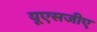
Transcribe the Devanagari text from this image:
यूएसजीए